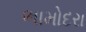
ભામોદરા